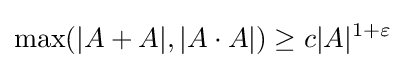
\max(|A+A|,|A\cdot A|)\geq c|A|^{1+\varepsilon }